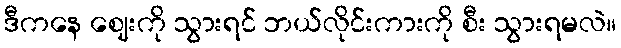
ဒီကနေ ဈေးကို သွားရင် ဘယ်လိုင်းကားကို စီး သွားရမလဲ။